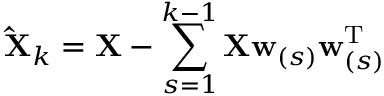
\mathbf { \hat { X } } _ { k } = \mathbf { X } - \sum _ { s = 1 } ^ { k - 1 } \mathbf { X } \mathbf { w } _ { ( s ) } \mathbf { w } _ { ( s ) } ^ { \mathrm { { T } } }